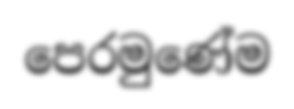
පෙරමුණේම